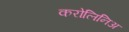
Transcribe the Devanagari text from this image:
करोलिनिअ